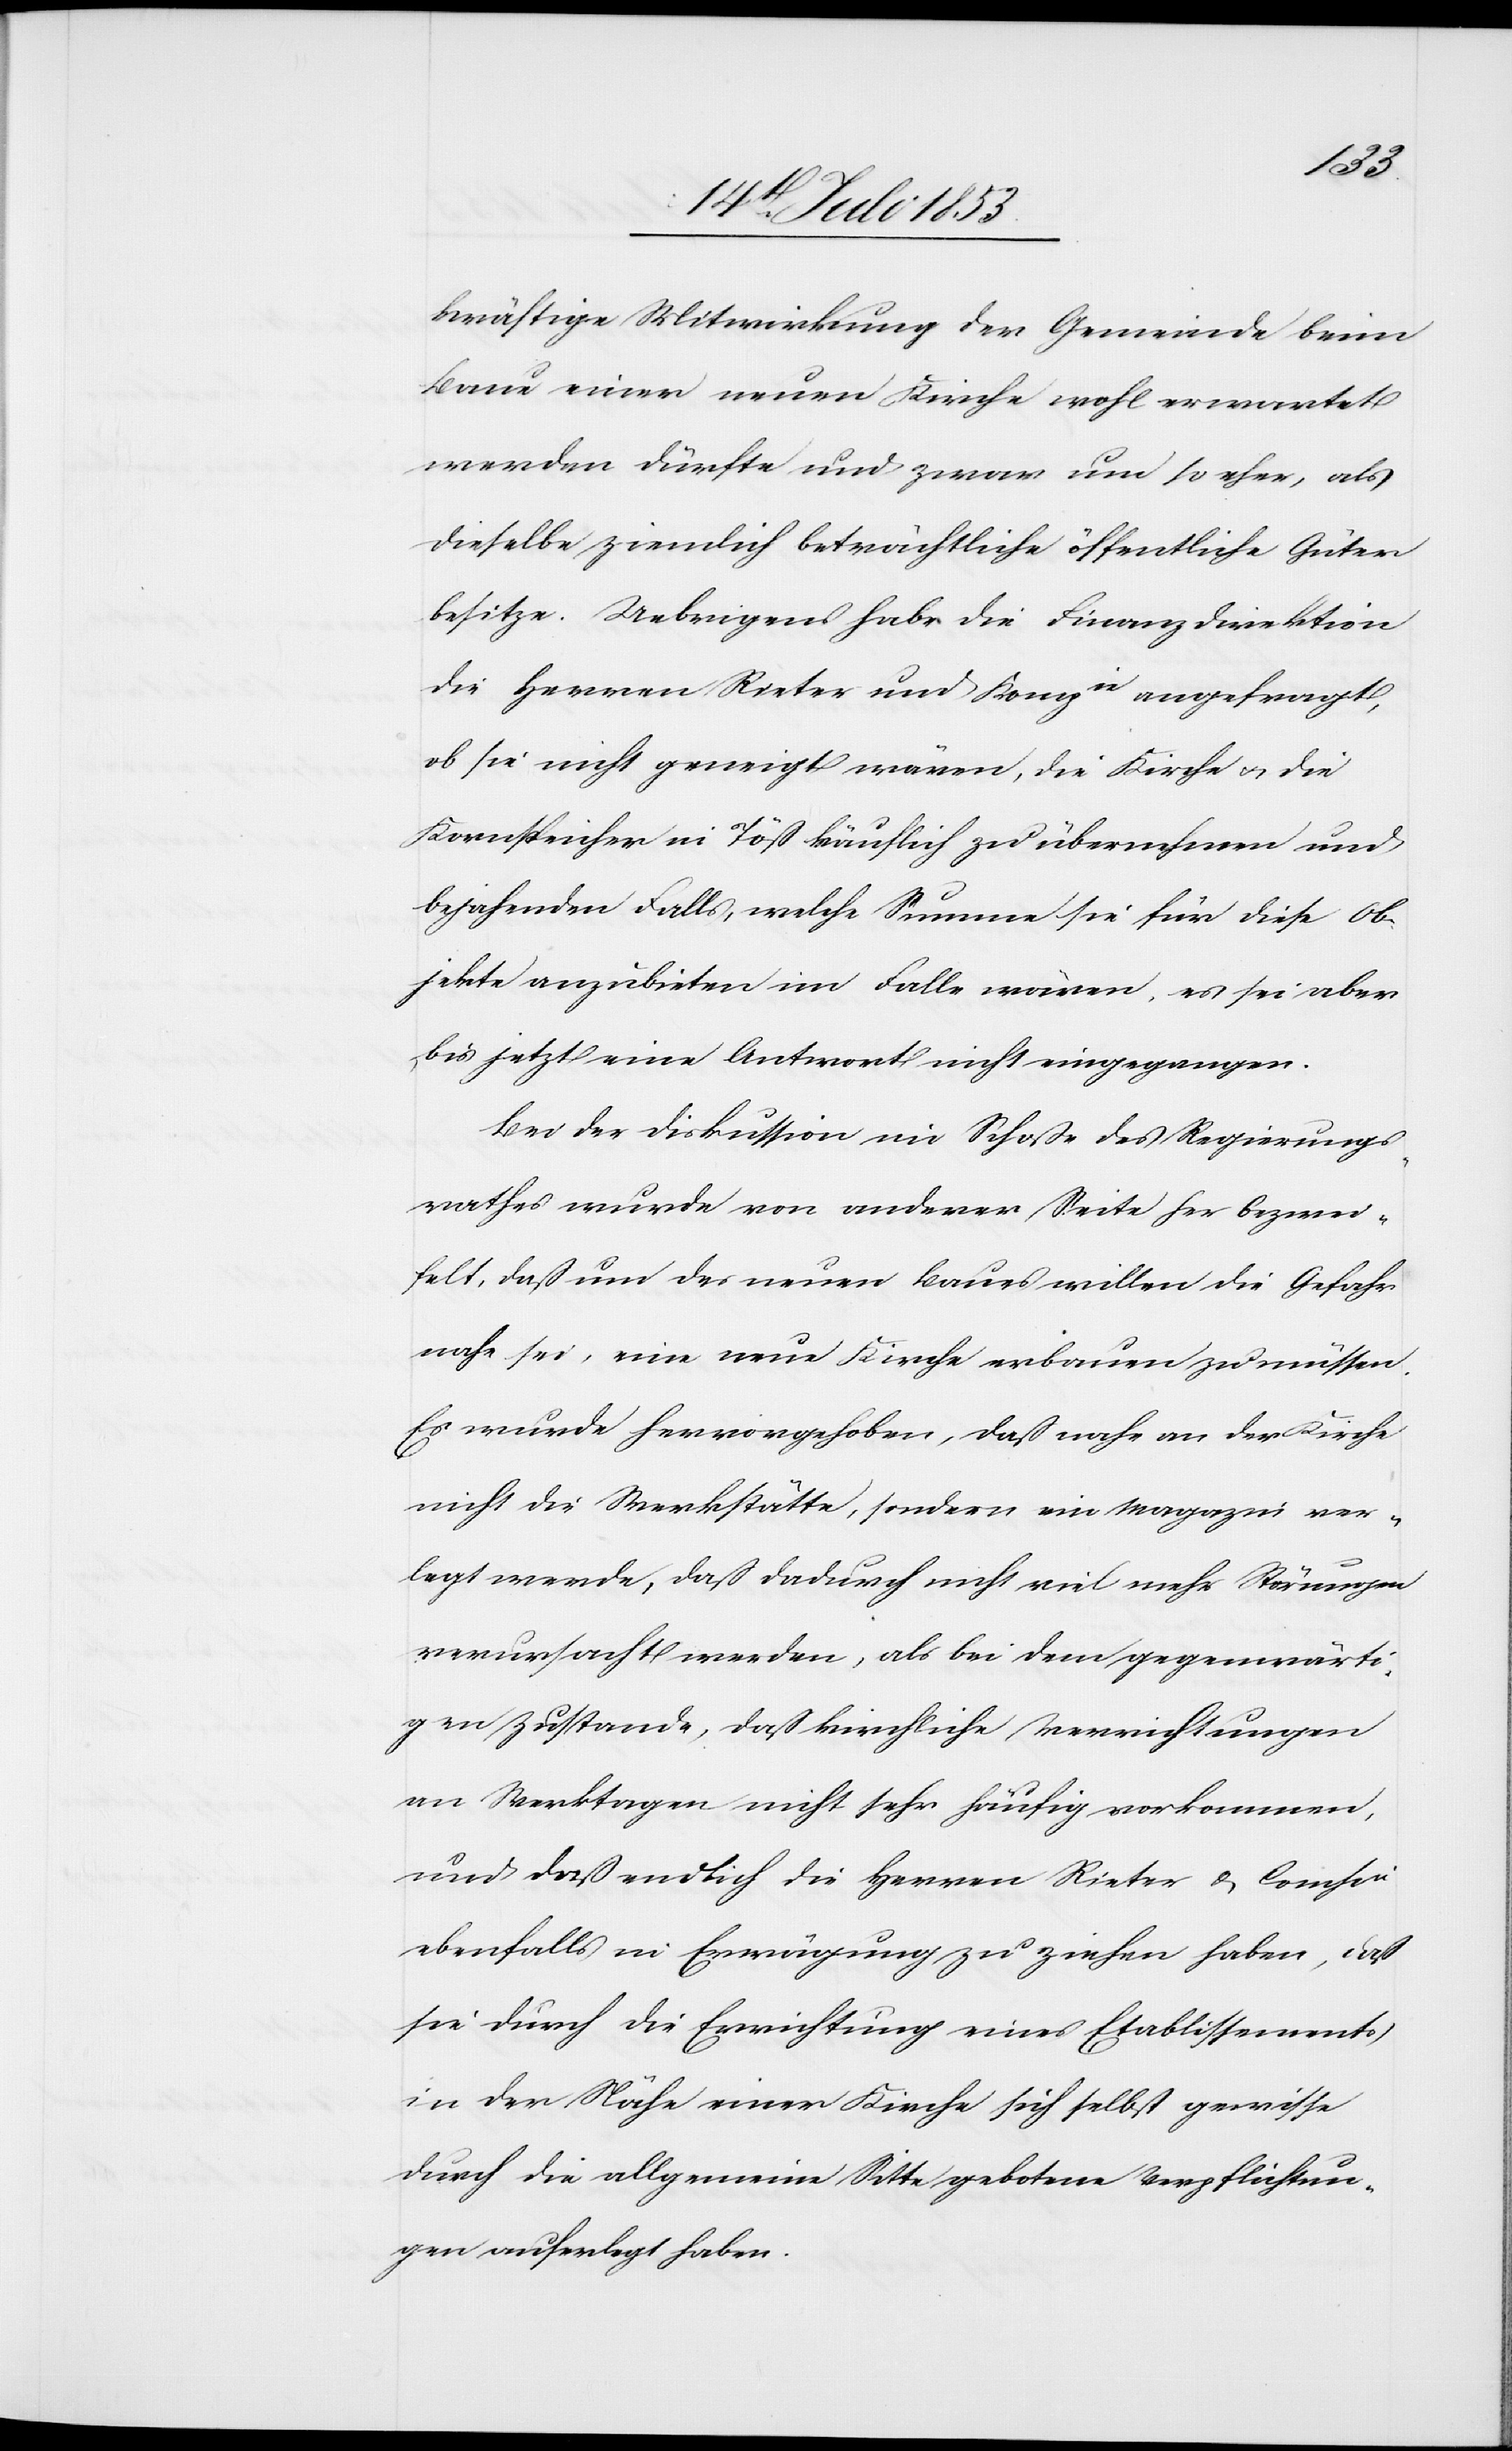
kräftige Mitwirkung der Gemeinde beim
Bau einer neuen Kirche wohl erwartet
werden dürfte und zwar um so eher, als
dieselbe ziemlich beträchtliche öffentliche Güter
besitze. Uebrigens habe die Finanzdirektion
die Herrn Rieter und Kompie angefragt,
ob sie nicht geneigt wären, die Kirche u. die
Kornspeicher in Töß käuflich zu übernehmen und
bejahenden Falls, welche Summe sie für diese Ob¬
jekte anzubieten im Falle wären, es sei aber
bis jetzt eine Antwort nicht eingegangen.
Bei der Diskussion im Schoße des Regierungs¬
rathes wurde von anderer Seite her bezwei¬
felt, daß um des neuen Baues willen die Gefahr
nahe sei, eine neue Kirche erbauen zu müssen.
Es wurde hervorgehoben, daß nahe an der Kirche
nicht die Werkstätte, sondern ein Magazin ver¬
legt werde, daß dadurch nicht viel mehr Störungen
verursacht werden, als bei dem gegenwärti¬
gen Zustande, daß kirchliche Verrichtungen
an Werktagen nicht sehr häufig vorkommen
und daß endlich die Herren Rieter u. Compie
ebenfalls in Erwägung zu ziehen haben, daß
sie durch die Errichtung eines Etablissements,
in der Nähe einer Kirche sich selbst gewisse
durch die allgemeine Sitte gebotene Verpflichtun¬
gen auferlegt haben.